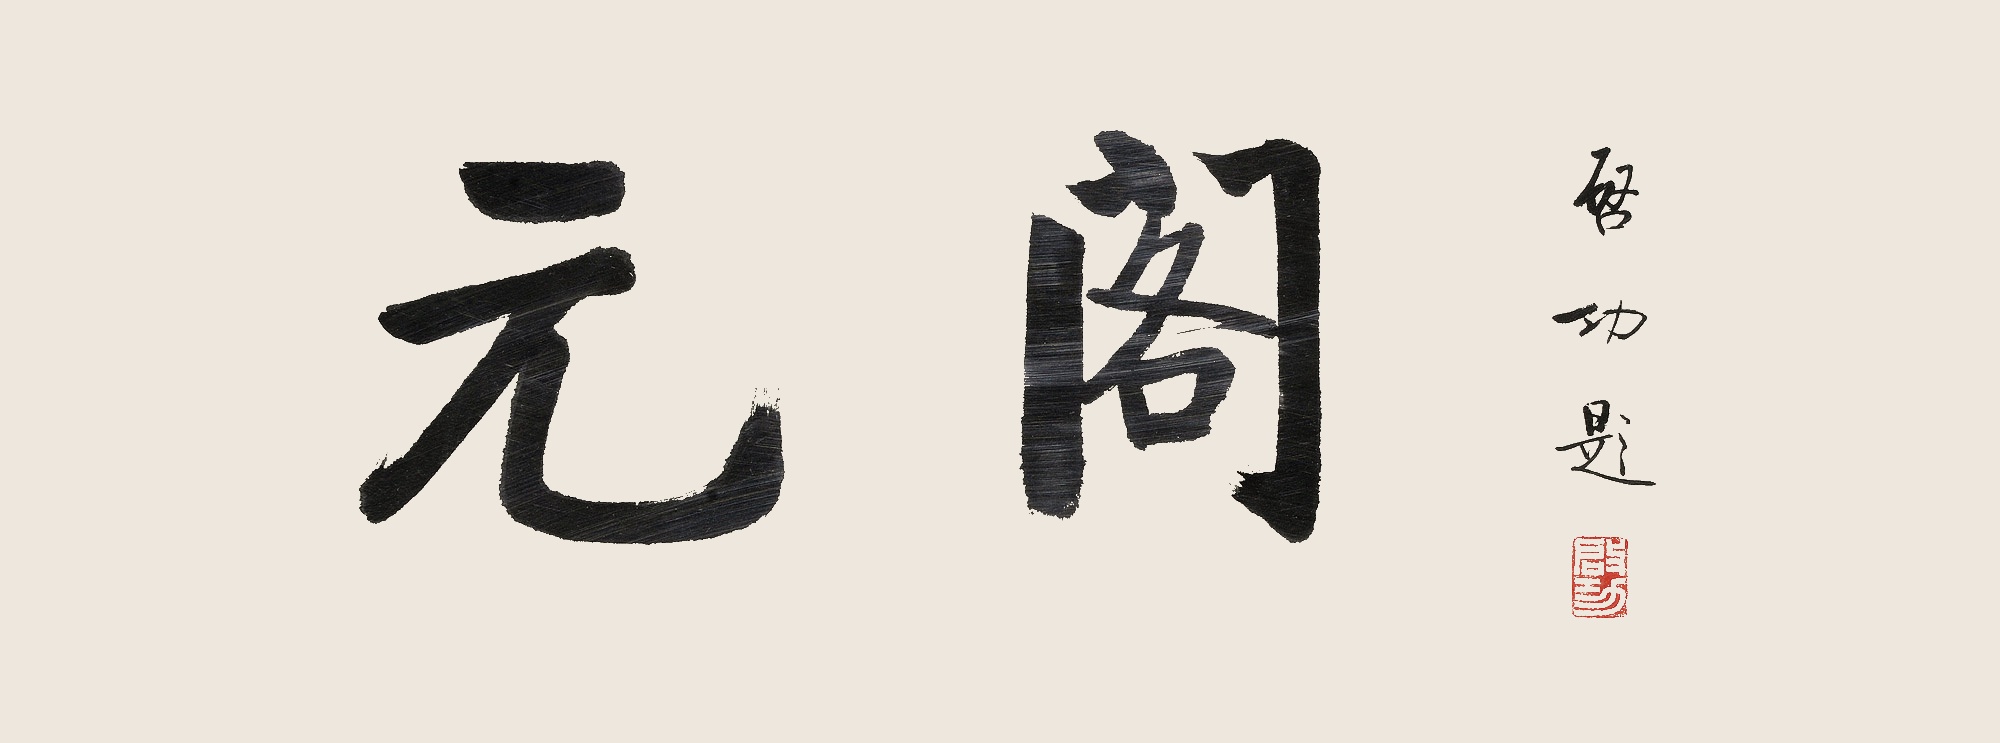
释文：元阁启功题。